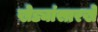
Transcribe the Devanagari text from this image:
खेड्यांसारखे